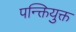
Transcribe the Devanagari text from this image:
पन्क्तियुक्त